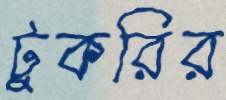
টুকরির